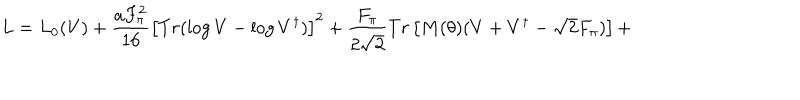
L = L _ { 0 } ( V ) + \frac { a F _ { \pi } ^ { 2 } } { 1 6 } \left[ T r ( \log V - \log V ^ { \dagger } ) \right] ^ { 2 } + \frac { F _ { \pi } } { 2 \sqrt { 2 } } T r \left[ M ( \theta ) ( V + V ^ { \dagger } - \sqrt { 2 } F _ { \pi } ) \right] +